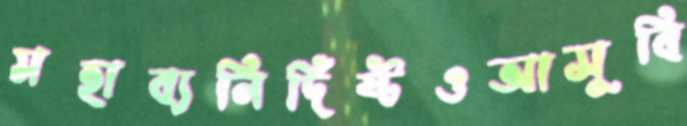
মহাব্যনির্দিষ্টওআসুবি